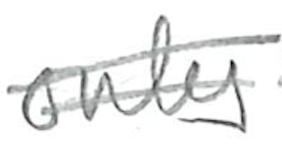
Text: only
Cross-out: double-line
Writing tool: pencil